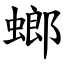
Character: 螂